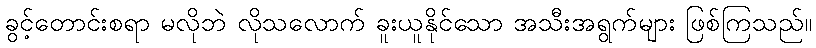
ခွင့်တောင်းစရာ မလိုဘဲ လိုသလောက် ခူးယူနိုင်သော အသီးအရွက်များ ဖြစ်ကြသည်။